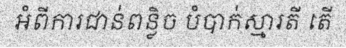
អំពីការជាន់ពន្លិច បំបាក់ស្មារតី តើ